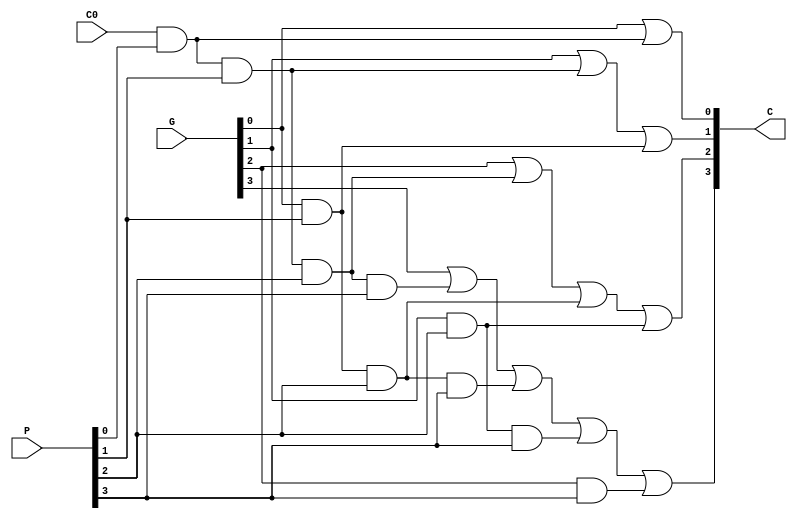
module Lab2_CLG_gate(
                     output [4:1] C,
					 input [3:0] P,
					 input [3:0] G,
					 input C0
					 );

wire w0,w1,w2,w3,w4,w5,w6,w7,w8,w9;

and (w0,C0,P[0]);
and (w1,C0,P[0],P[1]);
and (w2,C0,P[0],P[1],P[2]);
and (w3,C0,P[0],P[1],P[2],P[3]);

and (w4,G[0],P[1]);
and (w5,G[0],P[1],P[2]);
and (w6,G[0],P[1],P[2],P[3]);

and (w7,G[1],P[2]);
and (w8,G[1],P[2],P[3]);

and (w9,G[2],P[3]);

or (C[1],G[0],w0);
or (C[2],G[1],w1,w4);
or (C[3],G[2],w2,w5,w7);
or (C[4],G[3],w3,w6,w8,w9);

endmodule